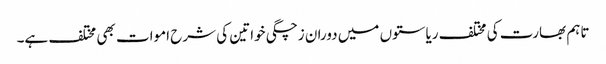
تاہم بھارت کی مختلف ریاستوں میں دوران زچگی خواتین کی شرح اموات بھی مختلف ہے۔